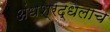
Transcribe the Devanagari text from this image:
अंधश्रद्धेलाच